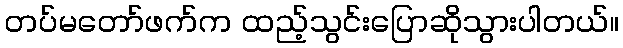
တပ်မတော်ဖက်က ထည့်သွင်းပြောဆိုသွားပါတယ်။